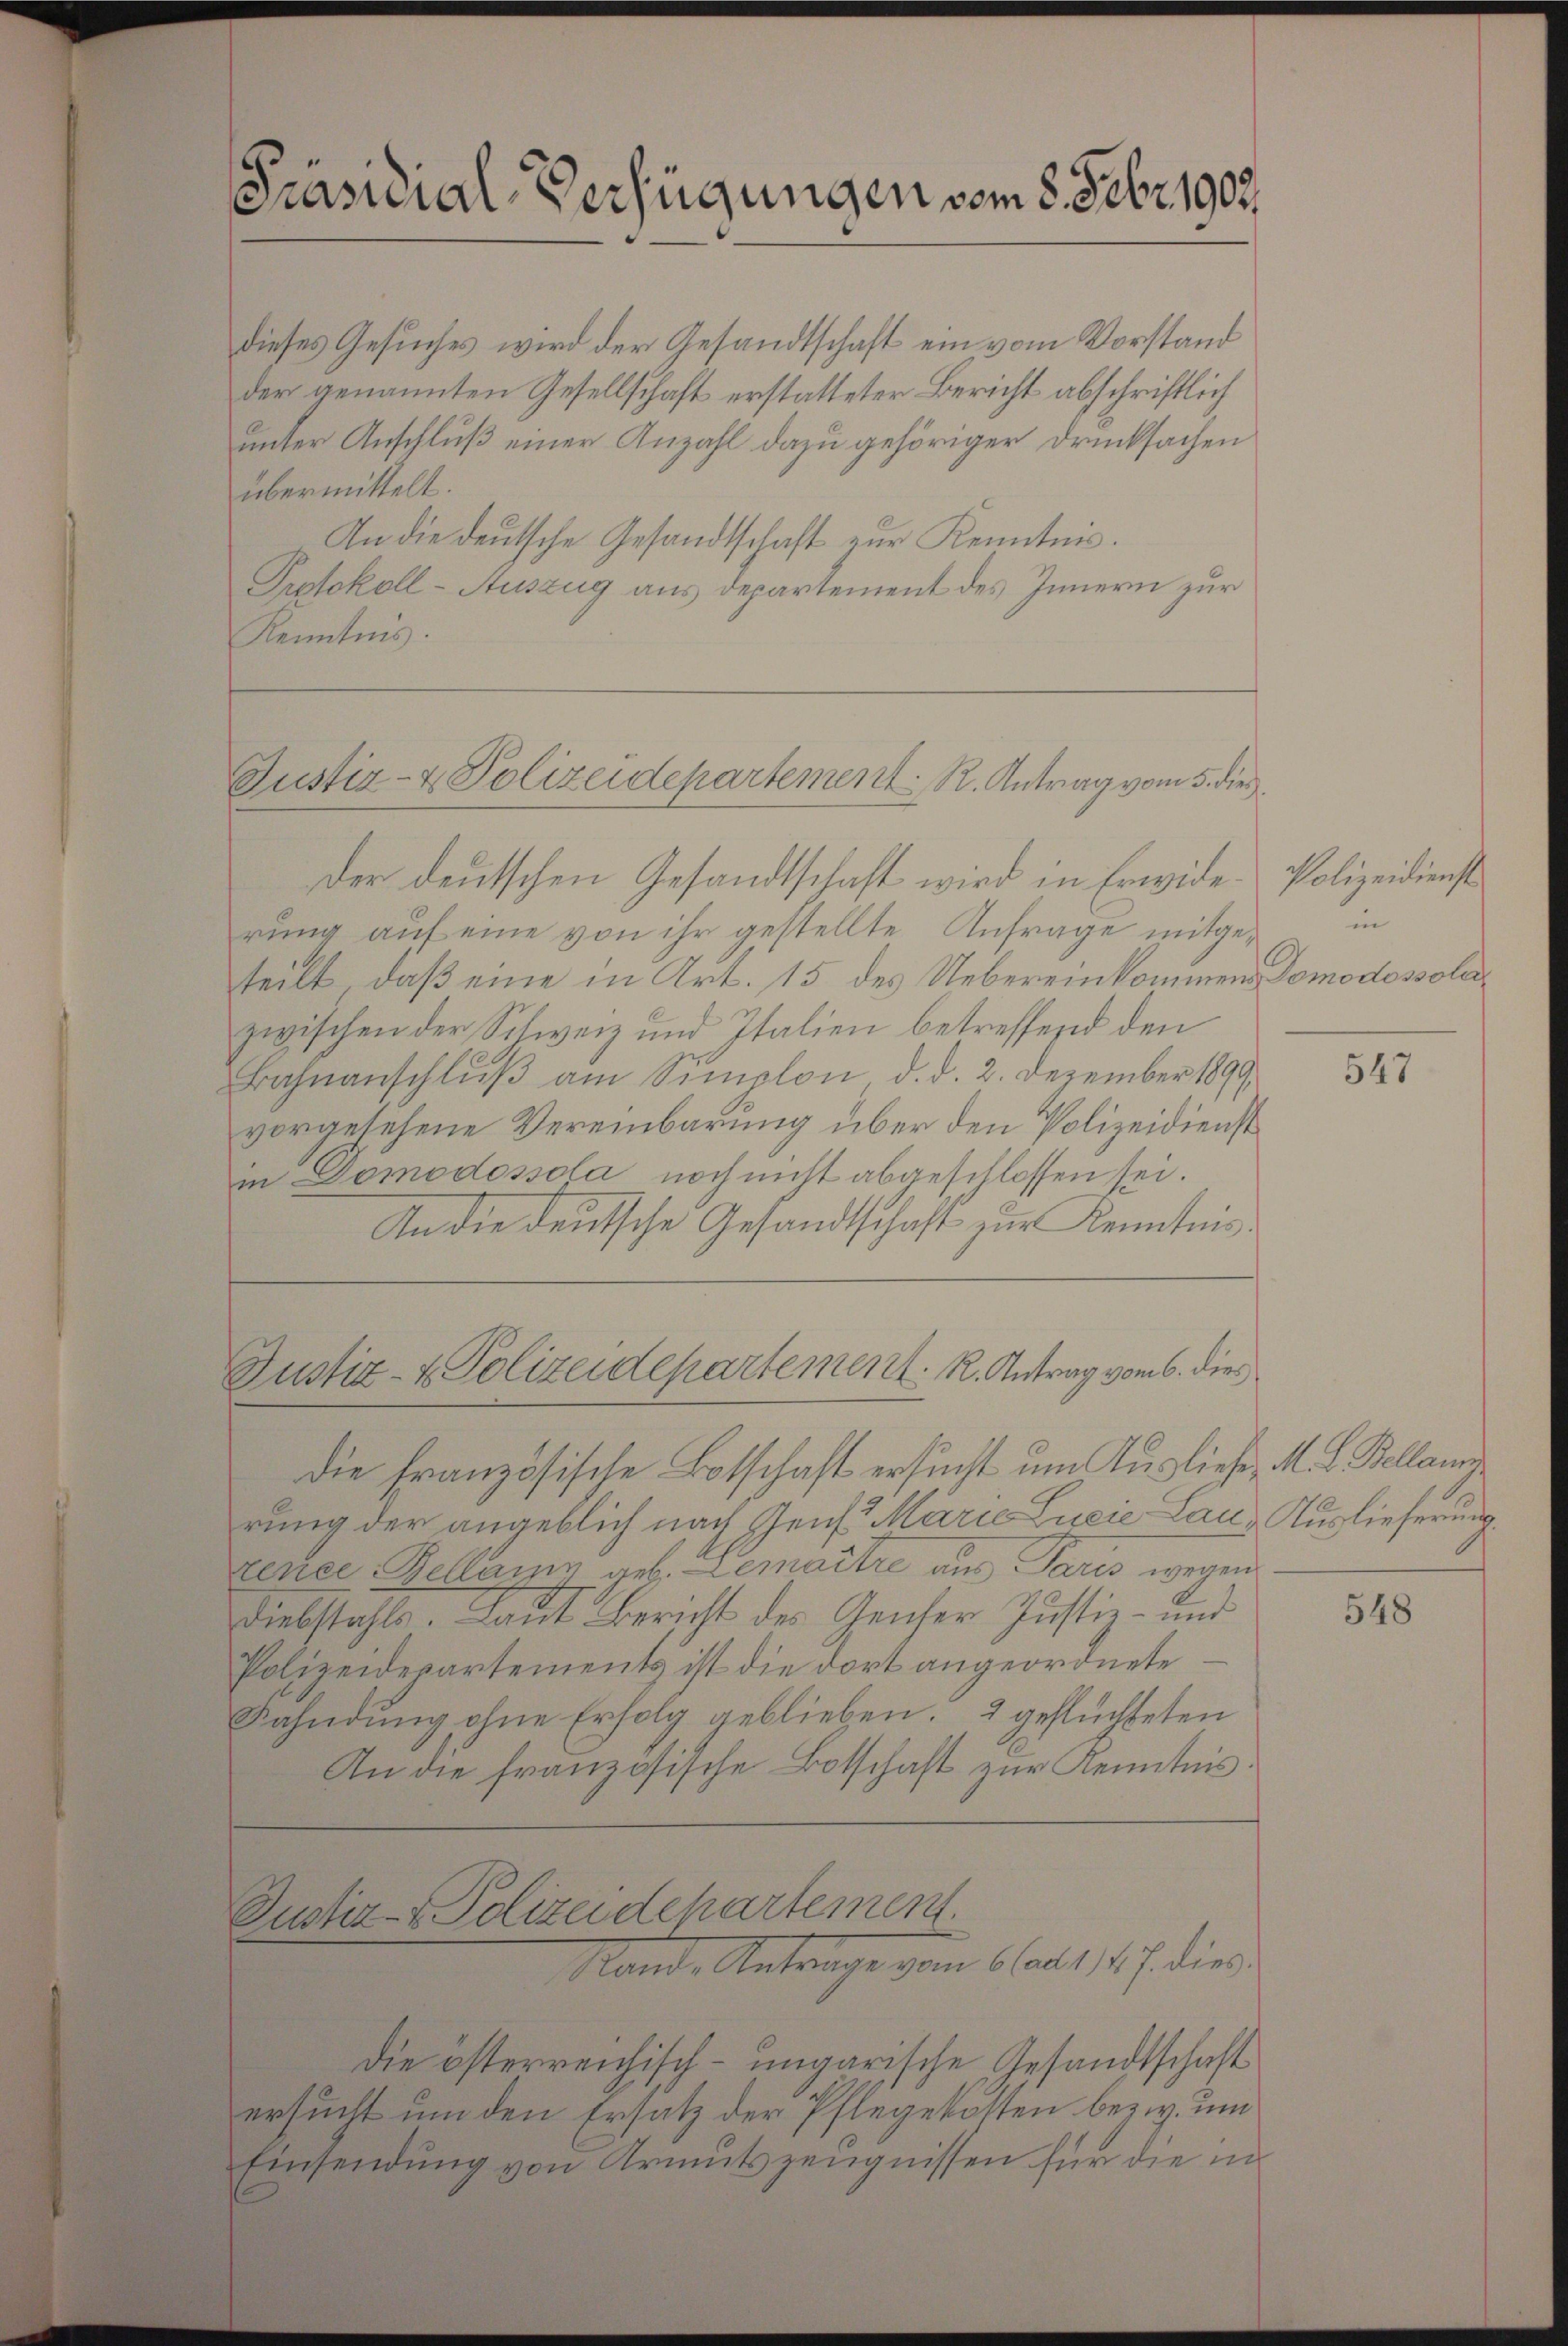
[Präsidial-Verfügungen vom 8. Febr. 1903.

dieses Gesuches wird der Gesandtschaft ein vom Vorstand
der genannten Gesellschaft erstatteter Bericht abschriftlich
unter Anschluß einer Anzahl dazu gehöriger Drucksachen
übermittelt.
An die deutsche Gesandtschaft zur Kenntnis.
Protokoll-Auszug aus Departement des Innern zur
Kenntnis.

Justiz- & Polizeidepartement. R. Antrag vom 5. dies

Der deutschen Gesandtschaft wird in Erwide-Polizeidienst
rung auf eine von ihr gestellte Anfrage mitgeteilt, daß eine in Art. 15 des Uebereinkommens Domodossola
zwischen der Schweiz und Italien betreffend den
Bahnanschlŭβ am Simplon d. d. 2. Dezember 1899
vorgesehene Vereinbarung über den Polizeidienst
in Domodossola noch nicht abgeschlossen sei.
An die deutsche Gesandtschaft zur Kenntnis¬

Justiz- & Polizeidepartement. K. Antrag vom 6. dies

Die französische Botschaft ersucht um Ausliefe, M. L. Bellaum
rung der angeblich nach Genf Marie Lucie Lau, Auslieferung
rence Bellanzig geb. Lemaître aus Paris wegen
Diebstahls. Laut Bericht des Genfer Justiz- und
Polizeidepartements ist die dort angeordnete
Fahndung, ohne Erfolg geblieben. 2 geflüchteten
An die französische Botschaft zur Kenntnis.
Justiz- & Polizeidepartement.
Stand, Antrage vom 60. 11. 7. diese
Die österreichisch-ungarische Gesandtschaft
ersucht um den Ersatz der Pflegekosten bezw. um
Einsendung von Armutszeugnissen für die in

in

547

548